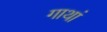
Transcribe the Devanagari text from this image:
गाथां